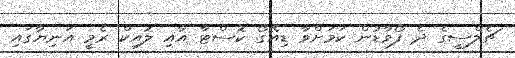
ޗެލްސީގެ ދެ ފޯވާޑުން ކަމަށްވާ ޑިއޭގޯ ކޮސްޓާ އާއި ލޮއިކް ރެމީ އަނިޔާގައި